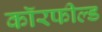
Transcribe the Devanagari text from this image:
कॉरफील्ड